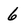
Character: 6